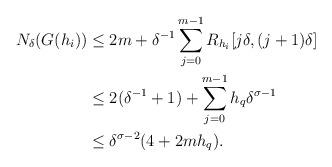
LaTeX: \begin{align*}N_{\delta}(G(h_i))&\leq 2m+\delta^{-1}\sum\limits_{j=0}^{m-1}R_{h_i}[j\delta,(j+1)\delta]\\&\leq 2(\delta^{-1}+1)+ \sum\limits_{j=0}^{m-1}h_{q}\delta^{\sigma-1}\\&\leq \delta^{\sigma-2} (4+2mh_{q}).\end{align*}